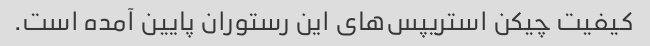
کیفیت چیکن استریپس‌های این رستوران پایین آمده است.